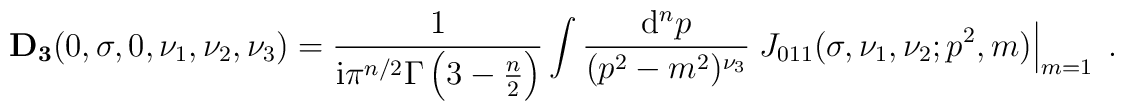
{\bf D_3}(0,\sigma,0,\nu_1, \nu_2, \nu_3)= \frac{1}{{\rm i} \pi^{n/2}\Gamma\left(3-\frac{n}{2} \right)} \int \frac{{\rm d}^n p}{(p^2-m^2)^{\nu_3}}\left.J_{011}(\sigma,\nu_1,\nu_2;p^2,m)\right|_{m=1} \; .